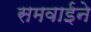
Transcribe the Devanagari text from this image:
समवाईने